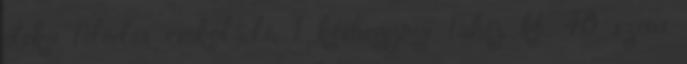
deka félédes csokoládé, 1 késhegynyi fahéj. kb. 40 szem